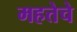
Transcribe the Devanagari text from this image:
महत्तेचे